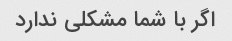
اگر با شما مشکلی ندارد